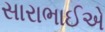
સારાભાઈએ